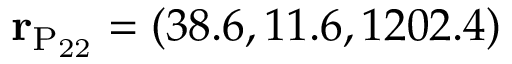
{ \bf r } _ { \mathrm { P _ { 2 2 } } } = ( 3 8 . 6 , 1 1 . 6 , 1 2 0 2 . 4 )